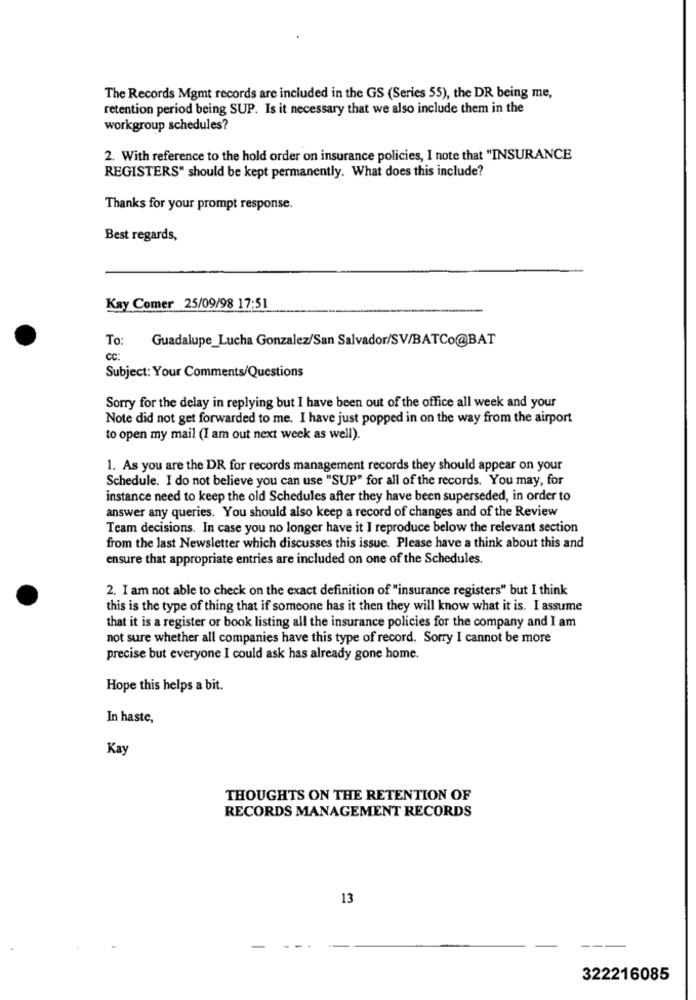
The Records Mgmt records are included in the GS (Series 55), the DR being me,
retention period being SUP. Is it necessary that we also include them in the
workgroup schedules?
2. With reference to the hold order on insurance policies, I note that "INSURANCE
REGISTERS" should be kept permanently. What does this include?
Thanks for your prompt response.
Best regards,
Kay Comer 25/09/98 17:51
To:
Guadalupe_Lucha Gonzalez/San Salvador/SV/BATCo@BAT
CC:
Subject: Your Comments/Questions
Sorry for the delay in replying but I have been out of the office all week and your
Note did not get forwarded to me. I have just popped in on the way from the airport
to open my mail (I am out next week as well).
1. As you are the DR for records management records they should appear on your
Schedule. I do not believe you can use "SUP" for all of the records. You may, for
instance need to keep the old Schedules after they have been superseded, in order to
answer any queries. You should also keep a record of changes and of the Review
Team decisions. In case you no longer have it I reproduce below the relevant section
from the last Newsletter which discusses this issue. Please have a think about this and
ensure that appropriate entries are included on one of the Schedules.
2. I am not able to check on the exact definition of "insurance registers" but I think
this is the type of thing that if someone has it then they will know what it is. I assume
that it is a register or book listing all the insurance policies for the company and I am
not sure whether all companies have this type of record. Sorry I cannot be more
precise but everyone I could ask has already gone home.
Hope this helps a bit.
In haste,
Kay
THOUGHTS ON THE RETENTION OF
RECORDS MANAGEMENT RECORDS
13
-
322216085